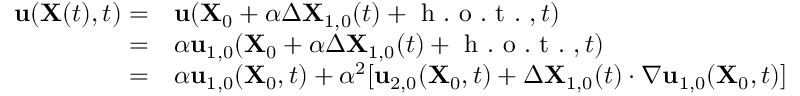
\begin{array} { r l } { \mathbf { u } ( \mathbf { X } ( t ) , t ) = } & { { } \mathbf { u } ( \mathbf { X } _ { 0 } + \alpha \Delta \mathbf { X } _ { 1 , 0 } ( t ) + \mathrm { ~ h ~ . ~ o ~ . ~ t ~ . ~ } , t ) } \\ { = } & { { } \alpha \mathbf { u } _ { 1 , 0 } ( \mathbf { X } _ { 0 } + \alpha \Delta \mathbf { X } _ { 1 , 0 } ( t ) + \mathrm { ~ h ~ . ~ o ~ . ~ t ~ . ~ } , t ) } \\ { = } & { { } \alpha \mathbf { u } _ { 1 , 0 } ( \mathbf { X } _ { 0 } , t ) + \alpha ^ { 2 } [ \mathbf { u } _ { 2 , 0 } ( \mathbf { X } _ { 0 } , t ) + \Delta \mathbf { X } _ { 1 , 0 } ( t ) \cdot \nabla \mathbf { u } _ { 1 , 0 } ( \mathbf { X } _ { 0 } , t ) ] } \end{array}